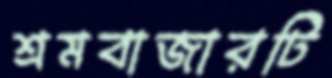
শ্রমবাজারটি